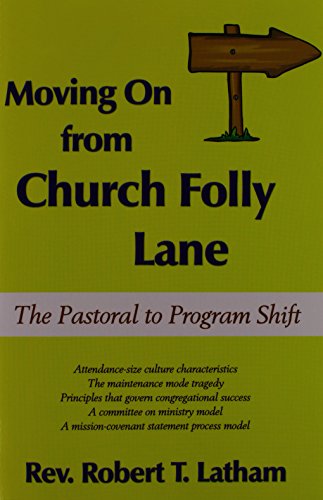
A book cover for Moving On from Church Folly Lane: The Pastoral to Program Shift; Robert T. Latham; Religion & Spirituality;